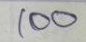
100